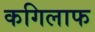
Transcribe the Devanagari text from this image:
कगिलाफ